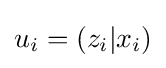
u_{i}=\left(z_{i}|x_{i}\right)